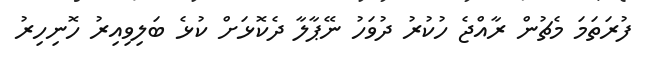
ފުރަތަމަ މެޗުން ރާއްޖެ ހުކުރު ދުވަހު ނޭޕާލާ ދެކޮޅަށް ކުޅެ ބަލިވިއިރު ހޮނިހިރު